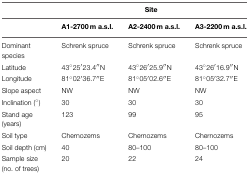
|  | <COLSPAN=3> Site |
 |  | A1-2700 m a.s.l. | A2-2400 m a.s.l. | A3-2200 m a.s.l. |
 | --- | --- | --- | --- |
 | Dominant species | Schrenk spruce | Schrenk spruce | Schrenk spruce |
 | Latitude | 43°25′23.4′′N | 43°26′25.9′′N | 43°26′16.9′′N |
 | Longitude | 81°02′36.7′′E | 81°05′02.6′′E | 81°05′32.7′′E |
 | Slope aspect | NW | NW | NW |
 | Inclination (°) | 30 | 30 | 30 |
 | Stand age (years) | 123 | 99 | 95 |
 | Soil type | Chernozems | Chernozems | Chernozems |
 | Soil depth (cm) | 40 | 80–100 | 80–100 |
 | Sample size (no. of trees) | 20 | 22 | 24 |